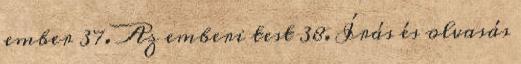
ember 37. Az emberi test 38. Írás és olvasás